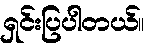
ရှင်းပြပါတယ်။